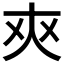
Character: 𰋜